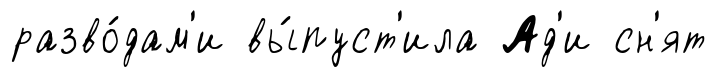
разво́дам'и вы́пуст'ила Ад'и сн'ят